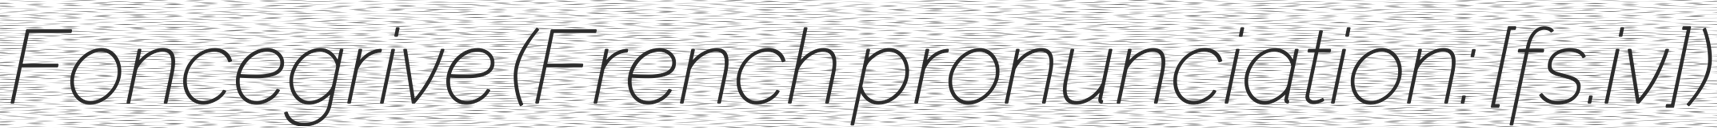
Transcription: Foncegrive (French pronunciation: ​[fɔ̃s.ɡʁiv])